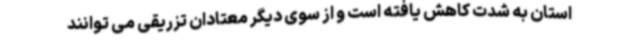
استان به شدت کاهش یافته است و از سوی دیگر معتادان تزریقی می توانند